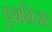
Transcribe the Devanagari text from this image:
एसमिंजर